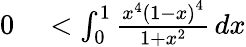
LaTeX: \begin{array}{rlrl}{0}&{{}<\int_{0}^{1}{\frac{x^{4}\left(1-x\right)^{4}}{1+x^{2}}}\, dx}\end{array}